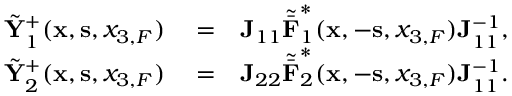
\begin{array} { r l r } { \tilde { { \bf Y } } _ { 1 } ^ { + } ( { { \bf x } } , { { \bf s } } , { x _ { 3 , F } } ) } & { { } = } & { { \bf J } _ { 1 1 } { \tilde { \bar { \bf F } } } _ { 1 } ^ { * } ( { { \bf x } } , - { { \bf s } } , { x _ { 3 , F } } ) { \bf J } _ { 1 1 } ^ { - 1 } , } \\ { \tilde { { \bf Y } } _ { 2 } ^ { + } ( { { \bf x } } , { { \bf s } } , { x _ { 3 , F } } ) } & { { } = } & { { \bf J } _ { 2 2 } { \tilde { \bar { \bf F } } } _ { 2 } ^ { * } ( { { \bf x } } , - { { \bf s } } , { x _ { 3 , F } } ) { \bf J } _ { 1 1 } ^ { - 1 } . } \end{array}